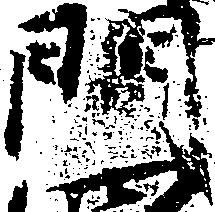
門